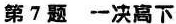
第7题 一决高下